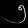
Digit: ၅